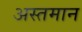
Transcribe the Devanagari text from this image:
अस्तमान